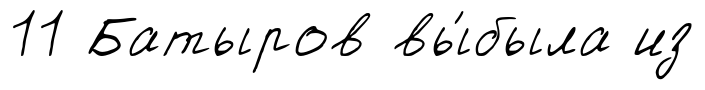
11 Батыров вы́была из